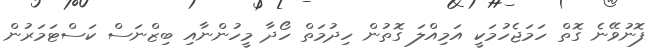
ފޮނުވޭނެ ގޮތް ހަމަޖެހުމަކީ އަމިއްލަ ގޮތުން ހިދުމަތް ހޯދާ މީހުންނާއި ބިޒްނަސް ކަަަސްޓަމަރުން